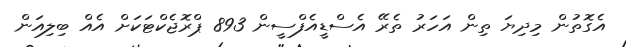
އެގޮތުން މިދިޔަ ތިން އަހަރު ތެރޭ އެސްޑީއެފްސީން 893 ޕްރޮޖެކްޓަކަށް އެއް ބިލިއަން